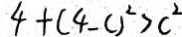
4 + ( 4 - c ) ^ { 2 } > c ^ { 2 }